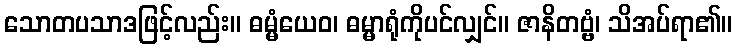
သောတပသာဒဖြင့်လည်း။ ဓမ္မံယေဝ၊ ဓမ္မာရုံကိုပင်လျှင်။ ဇာနိတဗ္ဗံ၊ သိအပ်ရာ၏။